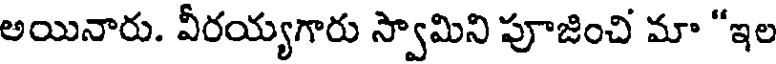
అయినారు. వీరయ్యగారు స్వామిని పూజించి మా "ఇల